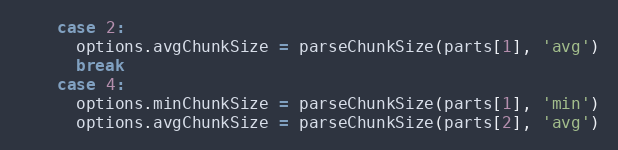
Language: JavaScript
    case 2:
      options.avgChunkSize = parseChunkSize(parts[1], 'avg')
      break
    case 4:
      options.minChunkSize = parseChunkSize(parts[1], 'min')
      options.avgChunkSize = parseChunkSize(parts[2], 'avg')